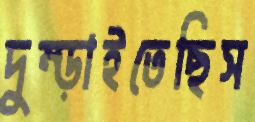
দুম্‌ড়াইতেছিস